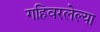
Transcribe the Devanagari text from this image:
गहिवरलेल्या